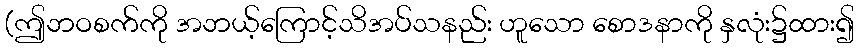
(ဤဘဝစက်ကို အဘယ့်ကြောင့်သိအပ်သနည်း ဟူသော စောဒနာကို နှလုံး၌ထား၍